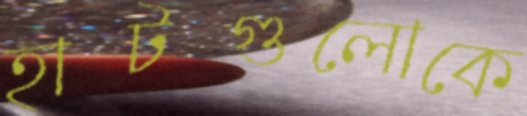
হাটগুলোকে